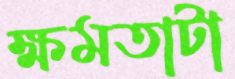
ক্ষমতাটা